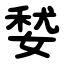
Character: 㛷